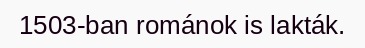
1503-ban románok is lakták.